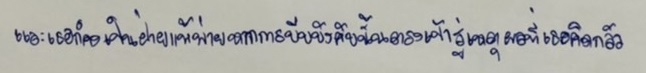
และเธอก็คงเป็นฝ่ายแพ้พ่ายหากการบีบบังคับนั้นตรงเข้าสู่เหตุผลที่เธอคิดกลัว